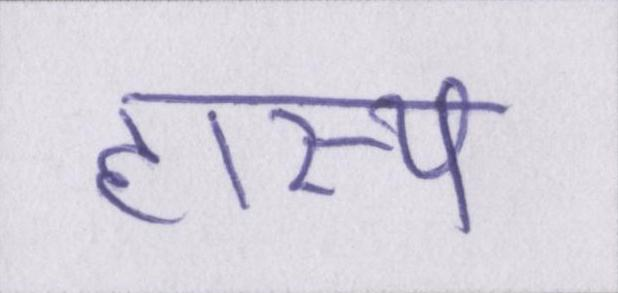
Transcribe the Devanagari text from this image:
हास्य